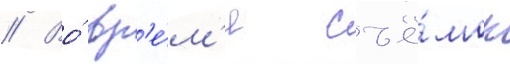
// Во́ вр'е́м'я съё́мок